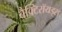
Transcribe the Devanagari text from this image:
बैक्टिरॉयड्स